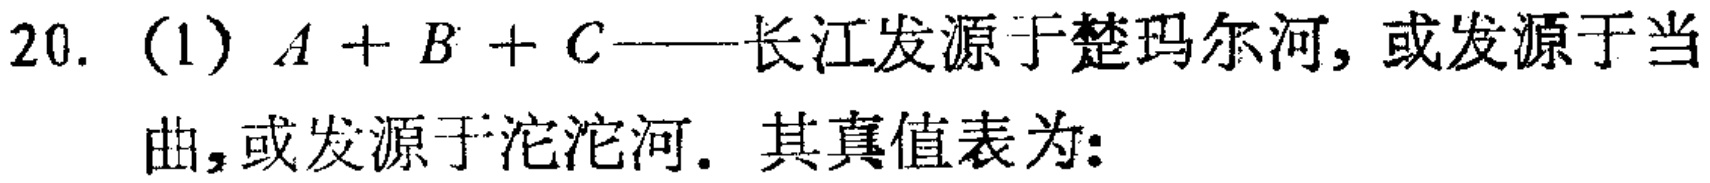
20. (1) \(A + B + C\)——长江发源于楚玛尔河, 或发源于当曲,或发源于沱沱河. 其真值表为: